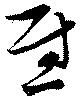
慰